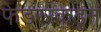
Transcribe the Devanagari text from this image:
फेडररकडून